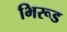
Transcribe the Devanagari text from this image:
भिरूड